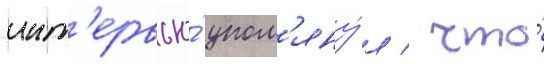
инт'ервью́ упом'яну́л / что́